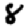
Digit: 8